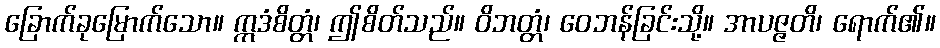
ခြောက်ခုမြောက်သော။ ဣဒံစိတ္တံ၊ ဤစိတ်သည်။ ဝိဘတ္တံ၊ ဝေဘန်ခြင်းသို့။ အာပဇ္ဇတိ၊ ရောက်၏။